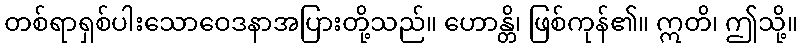
တစ်ရာရှစ်ပါးသောဝေဒနာအပြားတို့သည်။ ဟောန္တိ၊ ဖြစ်ကုန်၏။ ဣတိ၊ ဤသို့။